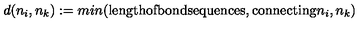
d ( n _ { i } , n _ { k } ) : = m i n ( \mathrm { l e n g t h o f b o n d s e q u e n c e s , c o n n e c t i n g } n _ { i } , n _ { k } )